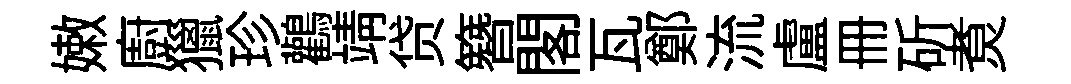
嫩廚獵珍鸛靖贷簪閣瓦鄭流盧册斫煑